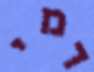
דמי